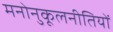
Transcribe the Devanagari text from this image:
मनोनुकूलनीतियों